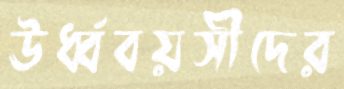
ঊর্ধ্ববয়সীদের